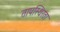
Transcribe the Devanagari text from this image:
तापस्थिरता